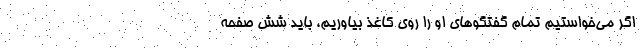
اگر مي‌خواستيم تمام گفتگوهاي او را روي كاغذ بياوريم، بايد شش صفحه